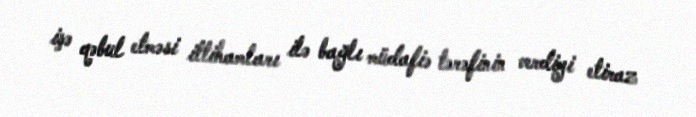
işə qəbul etməsi ittihamları ilə bağlı müdafiə tərəfinin verdiyi etiraz